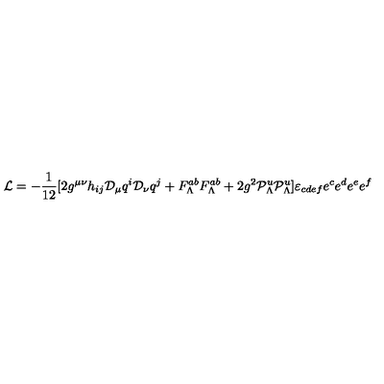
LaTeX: { \cal L } = - { \frac { 1 } { 1 2 } } [ 2 g ^ { \mu \nu } h _ { i j } { \cal D } _ { \mu } q ^ { i } { \cal D } _ { \nu } q ^ { j } + F _ { \Lambda } ^ { a b } F _ { \Lambda } ^ { a b } + 2 g ^ { 2 } { \cal P } _ { \Lambda } ^ { u } { \cal P } _ { \Lambda } ^ { u } ] \varepsilon _ { c d e f } e ^ { c } e ^ { d } e ^ { e } e ^ { f }